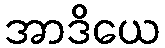
အာဒိယေ